DOW-UAP-D23, Mission Report, United Arab Emirates, October 2023
Agency: Department of War
Incident date: 10/31/23
Incident location: Persian Gulf
Page 8
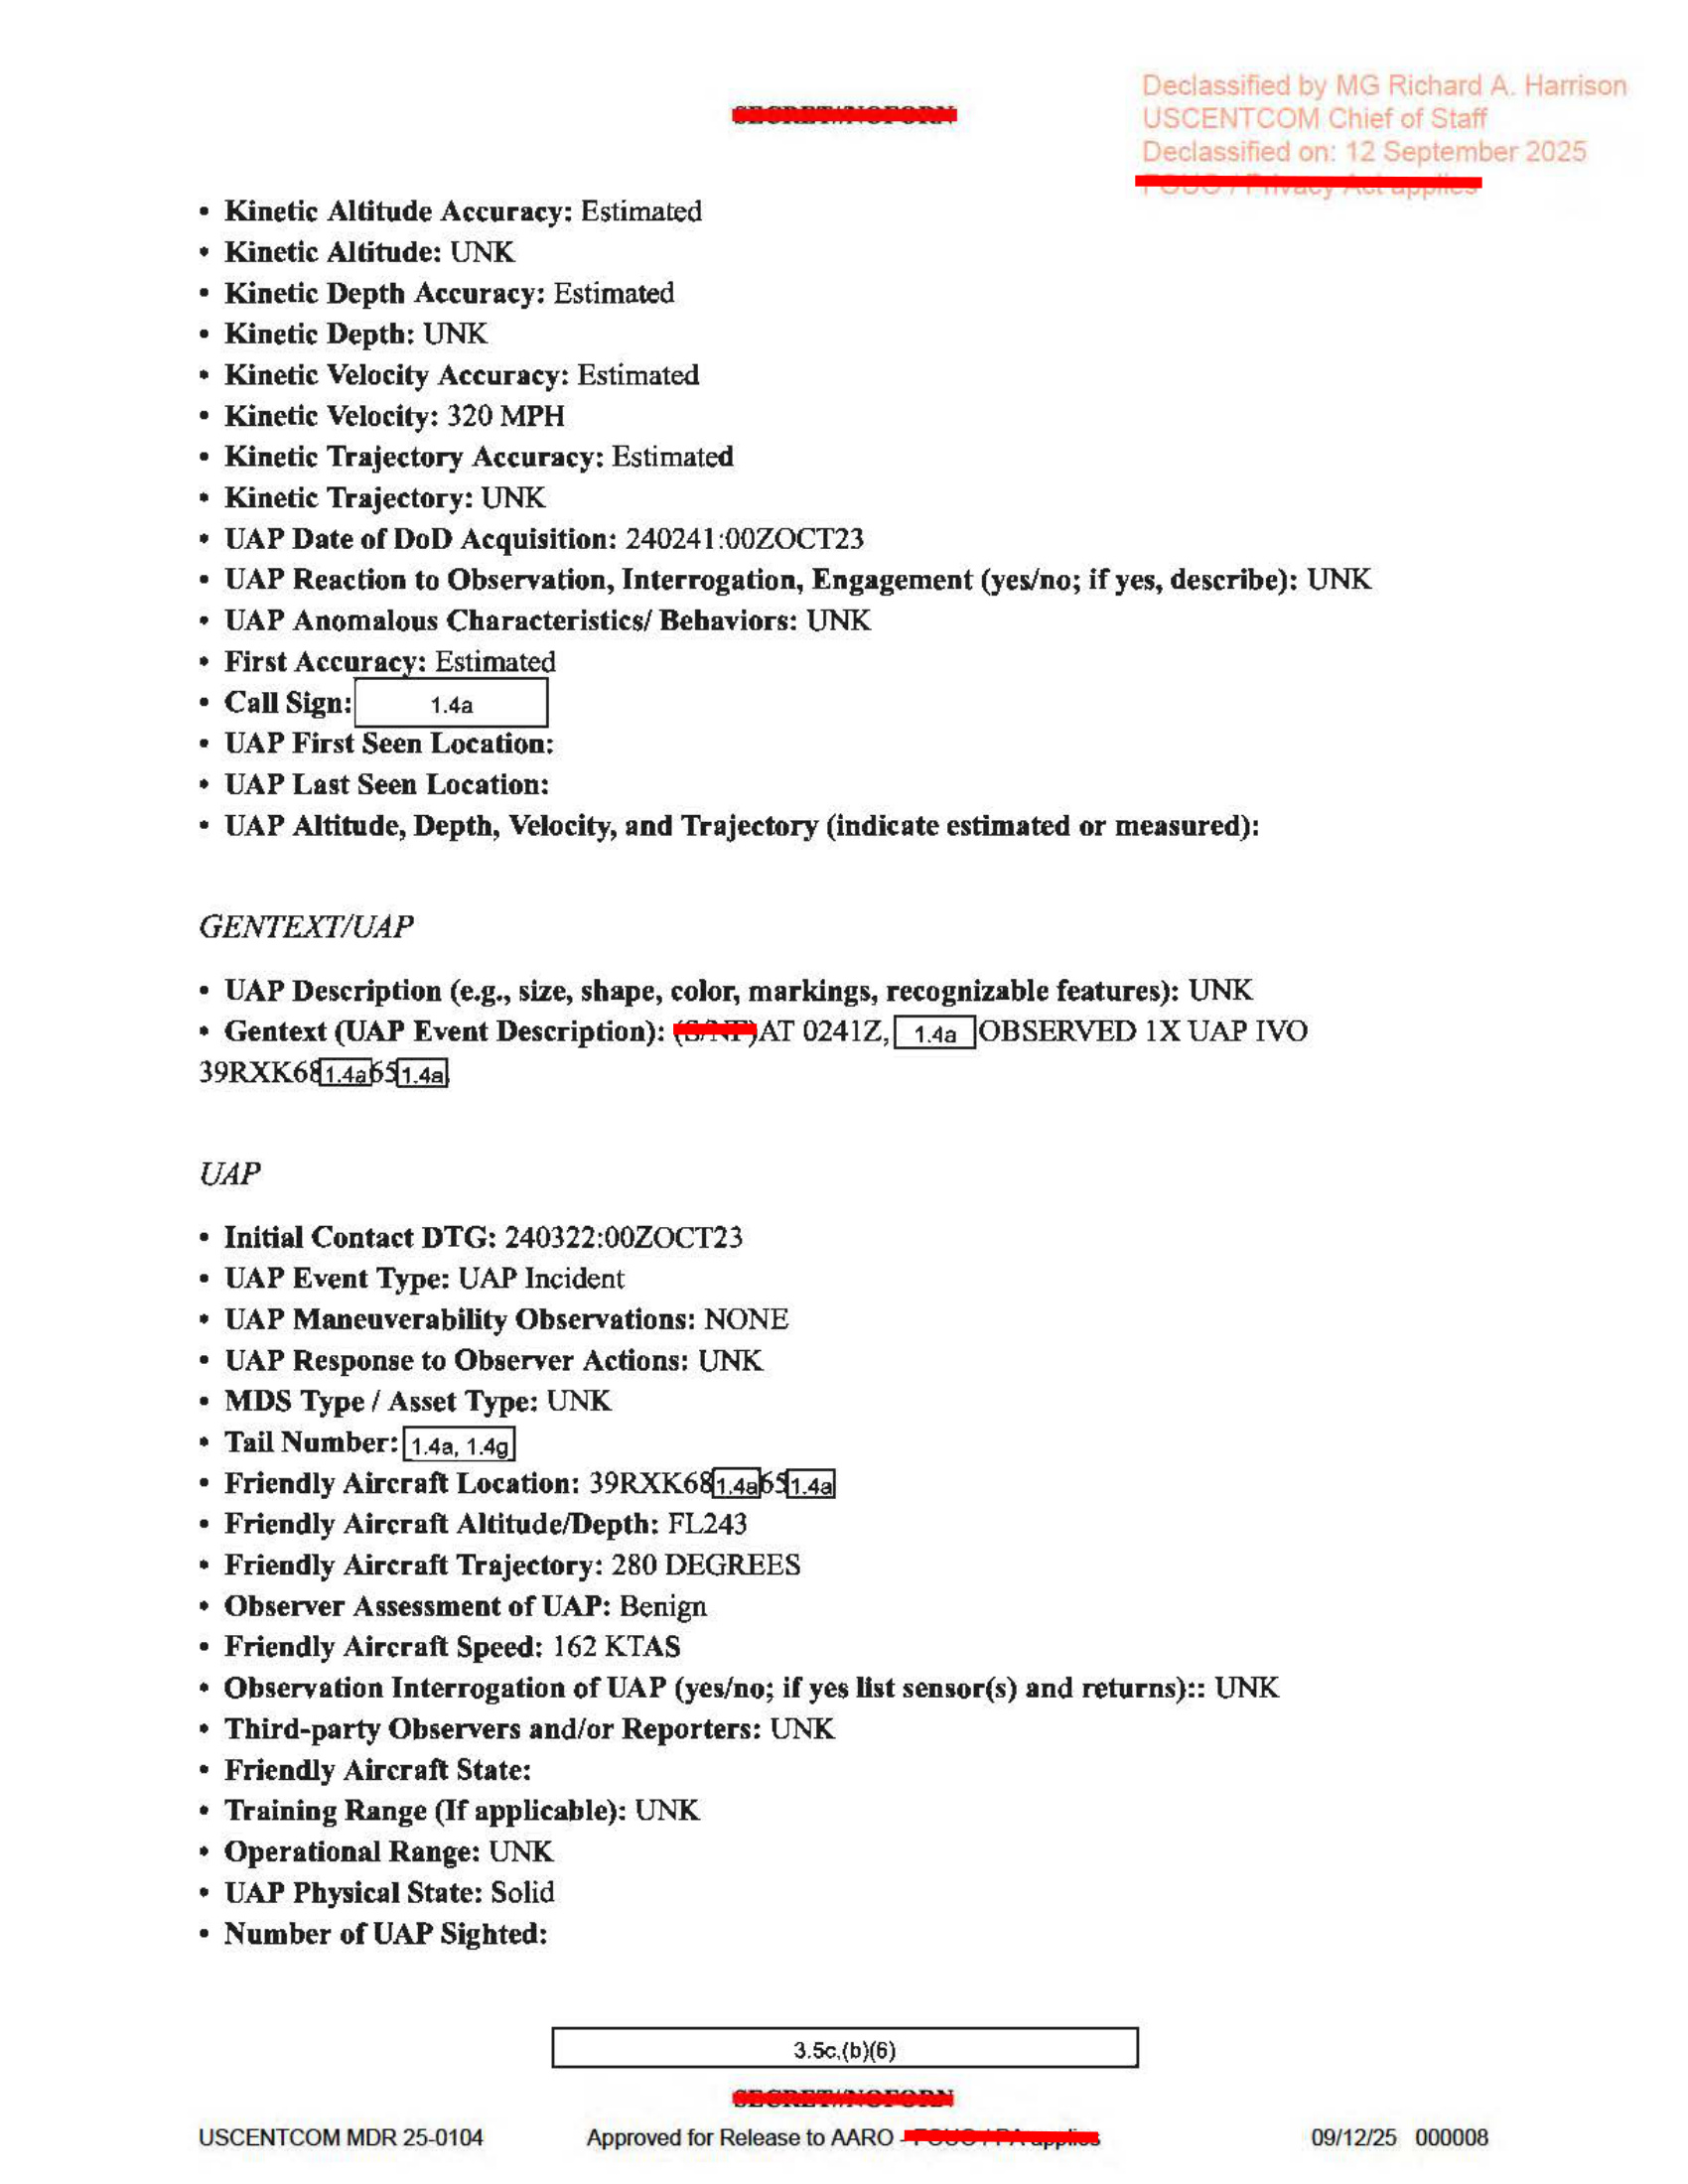